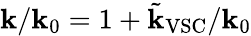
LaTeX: \mathbf{k}/\mathbf{k}_{0}=1+\tilde{{\mathbf{k}}}_{\mathrm{{VSC}}}/\mathbf{k}_{0}